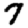
Digit: 7